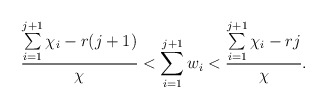
\begin{align*} \frac{\sum\limits_{i=1}^{j+1}\chi_i - r(j+1)}{\chi} < \sum\limits_{i=1}^{j+1}w_i < \frac{\sum\limits_{i=1}^{j+1}\chi_i - rj}{\chi}. \end{align*}